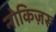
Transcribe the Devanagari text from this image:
नोकिज़रू